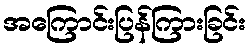
အကြောင်းပြန်ကြားခြင်း